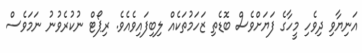
އަނިޔާވި ދިވެހި މީހާގެ ފަޔަށްވެސް ބޮޑެތި ޒަހަމުތަކެއް ލިބިފައިވެއެވެ. ރިޕޯޓް ނުކުރެވުނު ނަމަވެސް